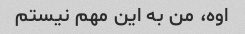
اوه، من به این مهم نیستم